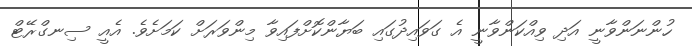
ހުންނަންވާނީ އަދި ވިއްކަންވާނީ އެ ގަވައިދުގައި ބަޔާންކޮށްފައިވާ މިންވަރަށް ކަމަށެވެ. އެއީ ސިނގްރޭޓް